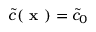
\tilde { c } ( \textbf { x } ) = \tilde { c } _ { 0 }